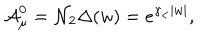
{ \cal A } _ { \mu } ^ { 0 } = { \cal N } _ { 2 } \Delta ( w ) = e ^ { \gamma _ { < } | w | } ,